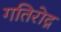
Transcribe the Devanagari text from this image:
गतिरोद्ग